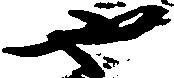
や